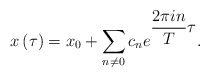
\begin{align*}x\left( \tau \right) =x_{0}+\sum _{n\neq 0}c_{n}e^{\displaystyle \frac{2\pi in}{T}\tau } .\end{align*}